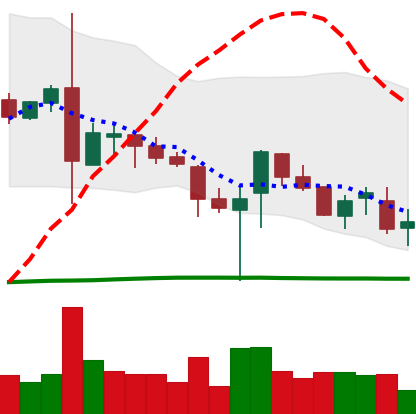
Ticker: TRX-USD
Chart end date: 2019-03-12
Forward return: 3.308%
Label: up_3_5